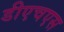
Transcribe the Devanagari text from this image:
डीएचएस